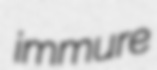
immure